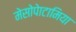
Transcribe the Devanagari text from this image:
मेसोपेाटामिया